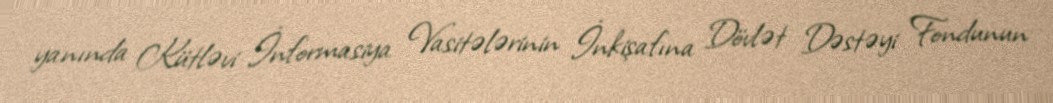
yanında Kütləvi İnformasiya Vasitələrinin İnkişafına Dövlət Dəstəyi Fondunun